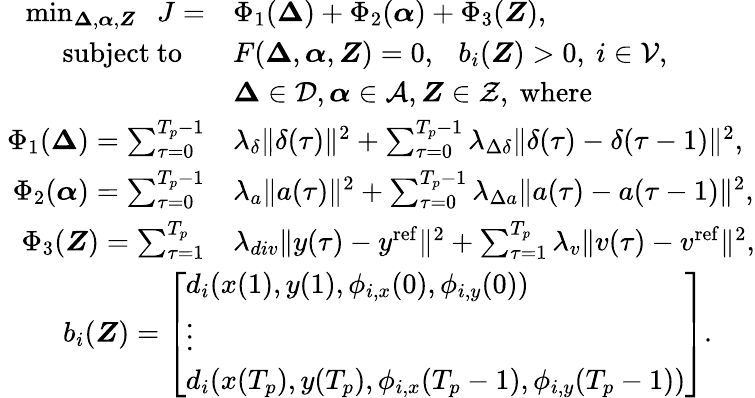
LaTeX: \begin{array}{rl}{\operatorname*{min}_{\boldsymbol{\Delta},\boldsymbol{\alpha},\boldsymbol{Z}}\; \; J=}&{\Phi_{1}(\boldsymbol{\Delta})+\Phi_{2}(\boldsymbol{\alpha})+\Phi_{3}(\boldsymbol{Z}),}\\ {\mathrm{subject~to~}\; \; }&{F(\boldsymbol{\Delta},\boldsymbol{\alpha},\boldsymbol{Z})=0,\ \ \ b_{i}(\boldsymbol{Z})>0,\ i\in\mathcal{V},}\\ &{\boldsymbol{\Delta}\in\mathcal{D},\boldsymbol{\alpha}\in\mathcal{A},\boldsymbol{Z}\in\mathcal{Z},\ \mathrm{where}}\\ {\ \Phi_{1}(\boldsymbol{\Delta})=\sum_{\tau=0}^{T_{p}-1}}&{\lambda_{\delta}\| \delta(\tau)\| ^{2}+\sum_{\tau=0}^{T_{p}-1}\lambda_{\Delta\delta}\| \delta(\tau)-\delta(\tau-1)\| ^{2},}\\ {\ \Phi_{2}(\boldsymbol{\alpha})=\sum_{\tau=0}^{T_{p}-1}}&{\lambda_{a}\| a(\tau)\| ^{2}+\sum_{\tau=0}^{T_{p}-1}\lambda_{\Delta a}\| a(\tau)-a(\tau-1)\| ^{2},}\\ {\ \Phi_{3}(\boldsymbol{Z})=\sum_{\tau=1}^{T_{p}}}&{\lambda_{div}\| y(\tau)-y^{\mathrm{ref}}\| ^{2}+\sum_{\tau=1}^{T_{p}}\lambda_{v}\| v(\tau)-v^{\mathrm{ref}}\| ^{2},}\\ &{\! \! \! \! \! \! \! \! \! \! \! \! \! \! \! \! \! \! \! \! \! \! \! \! \! \! \! \! \! \! \! \! \! \! \! \! b_{i}(\boldsymbol{Z})=\left[\begin{array}{l}{d_{i}(x(1),y(1),\phi_{i,x}(0),\phi_{i,y}(0))}\\ {\vdots}\\ {d_{i}(x(T_{p}),y(T_{p}),\phi_{i,x}(T_{p}-1),\phi_{i,y}(T_{p}-1))}\end{array}\right].}\end{array}